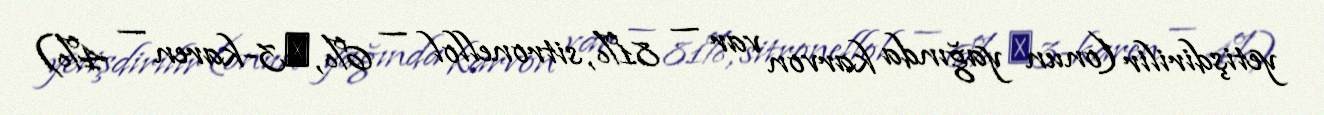
yetişdirilir (onun yağında karvon var — 81%, sitronellol — 6%, Δ3-karen — 4%)